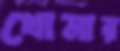
থোমার